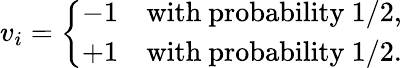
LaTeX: v_{i}={\left\{ \begin{array}{ll}{-1}&{{\mathrm{with~probability~}}1/2,}\\ {+1}&{{\mathrm{with~probability~}}1/2.}\end{array}\right.}